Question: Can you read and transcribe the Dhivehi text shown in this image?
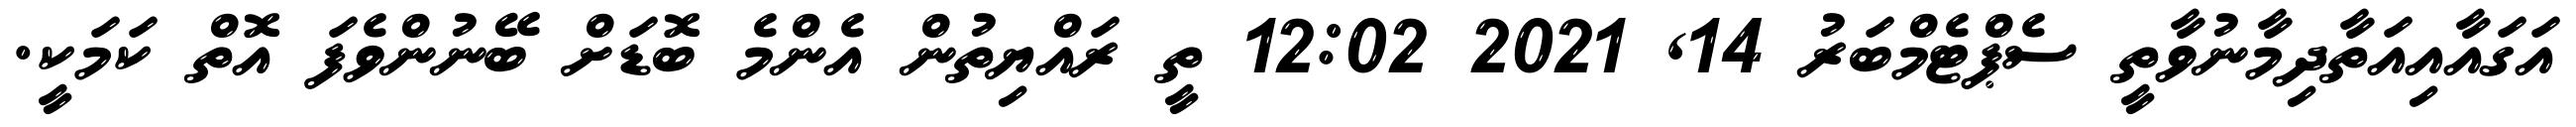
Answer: އަގައާއިއަތާދިމާނުވާތީ ސެޕްޓެމްބަރު 14, 2021 12:02 ތީ ރައްޔިތުން އެންމެ ބޮޑަށް ބޭނުންވެފަ އޮތް ކަމަކީ.